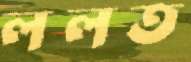
ললত